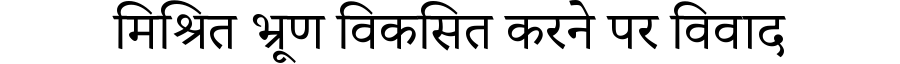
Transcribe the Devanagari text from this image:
मिश्रित भ्रूण विकसित करने पर विवाद